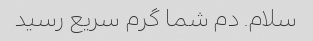
سلام. دم شما گرم سریع رسید